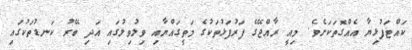
ކައްޓަފުޅިޔާ އެއްގޮތަކަށެވެ. މިއީ ރާއްޖޭގެ ފަރުފަޅުތަކުގެ މަތީގައްޔާއި ވިލުވިލުގައި އަދި ބޭރު ކަނޑުތަކުގައި